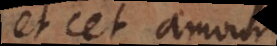
de cet amour,